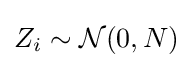
Z_{i}\sim {\mathcal {N}}(0,N)\,\!